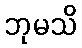
ဘုမသိ